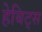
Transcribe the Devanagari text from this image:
हेबिट्स